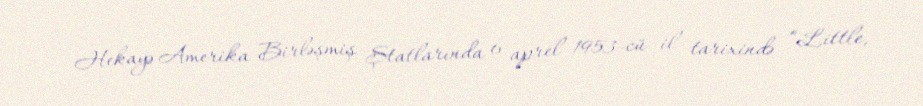
Hekayə Amerika Birləşmiş Ştatlarında 6 aprel 1953-cü il tarixində “Little,